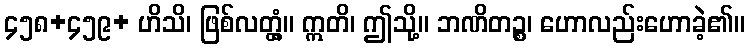
၄၅၈+၄၅၉+ ဟိသိ၊ ဖြစ်လတ္တံ့။ ဣတိ၊ ဤသို့။ ဘဏိတဉ္စ၊ ဟောလည်းဟောခဲ့၏။